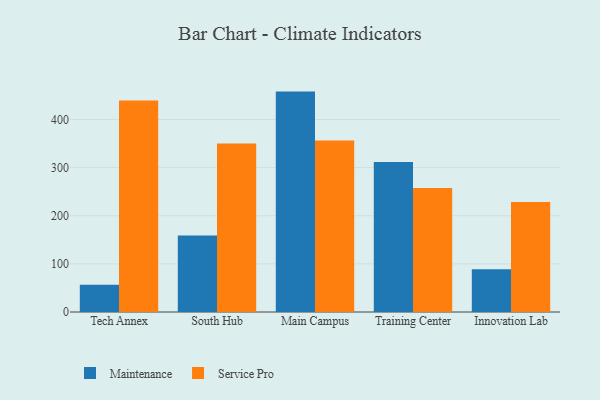
{"axis": {"x": "Campus", "y": "Market Share (%)"}, "legend": ["Maintenance", "Service Pro"], "data": [{"x": "Tech Annex", "y": 56.4, "type": "Maintenance"}, {"x": "Tech Annex", "y": 439.4, "type": "Service Pro"}, {"x": "South Hub", "y": 159.1, "type": "Maintenance"}, {"x": "South Hub", "y": 350.2, "type": "Service Pro"}, {"x": "Main Campus", "y": 458.0, "type": "Maintenance"}, {"x": "Main Campus", "y": 356.5, "type": "Service Pro"}, {"x": "Training Center", "y": 311.8, "type": "Maintenance"}, {"x": "Training Center", "y": 257.5, "type": "Service Pro"}, {"x": "Innovation Lab", "y": 89.0, "type": "Maintenance"}, {"x": "Innovation Lab", "y": 228.7, "type": "Service Pro"}]}